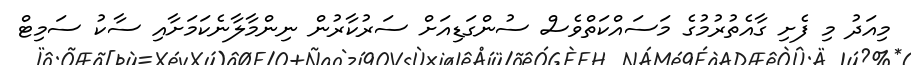
މިއަދު މި ފެށި ގާއެތުރުމުގެ މަސައްކަތްވެސް ސުންގަޑިއަށް ސަރުކާރުން ނިންމާލާނެކަމަށާއި ސާކު ސަމިޓް